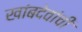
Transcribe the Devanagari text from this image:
खांबदेवांची